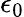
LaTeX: \epsilon_{0}